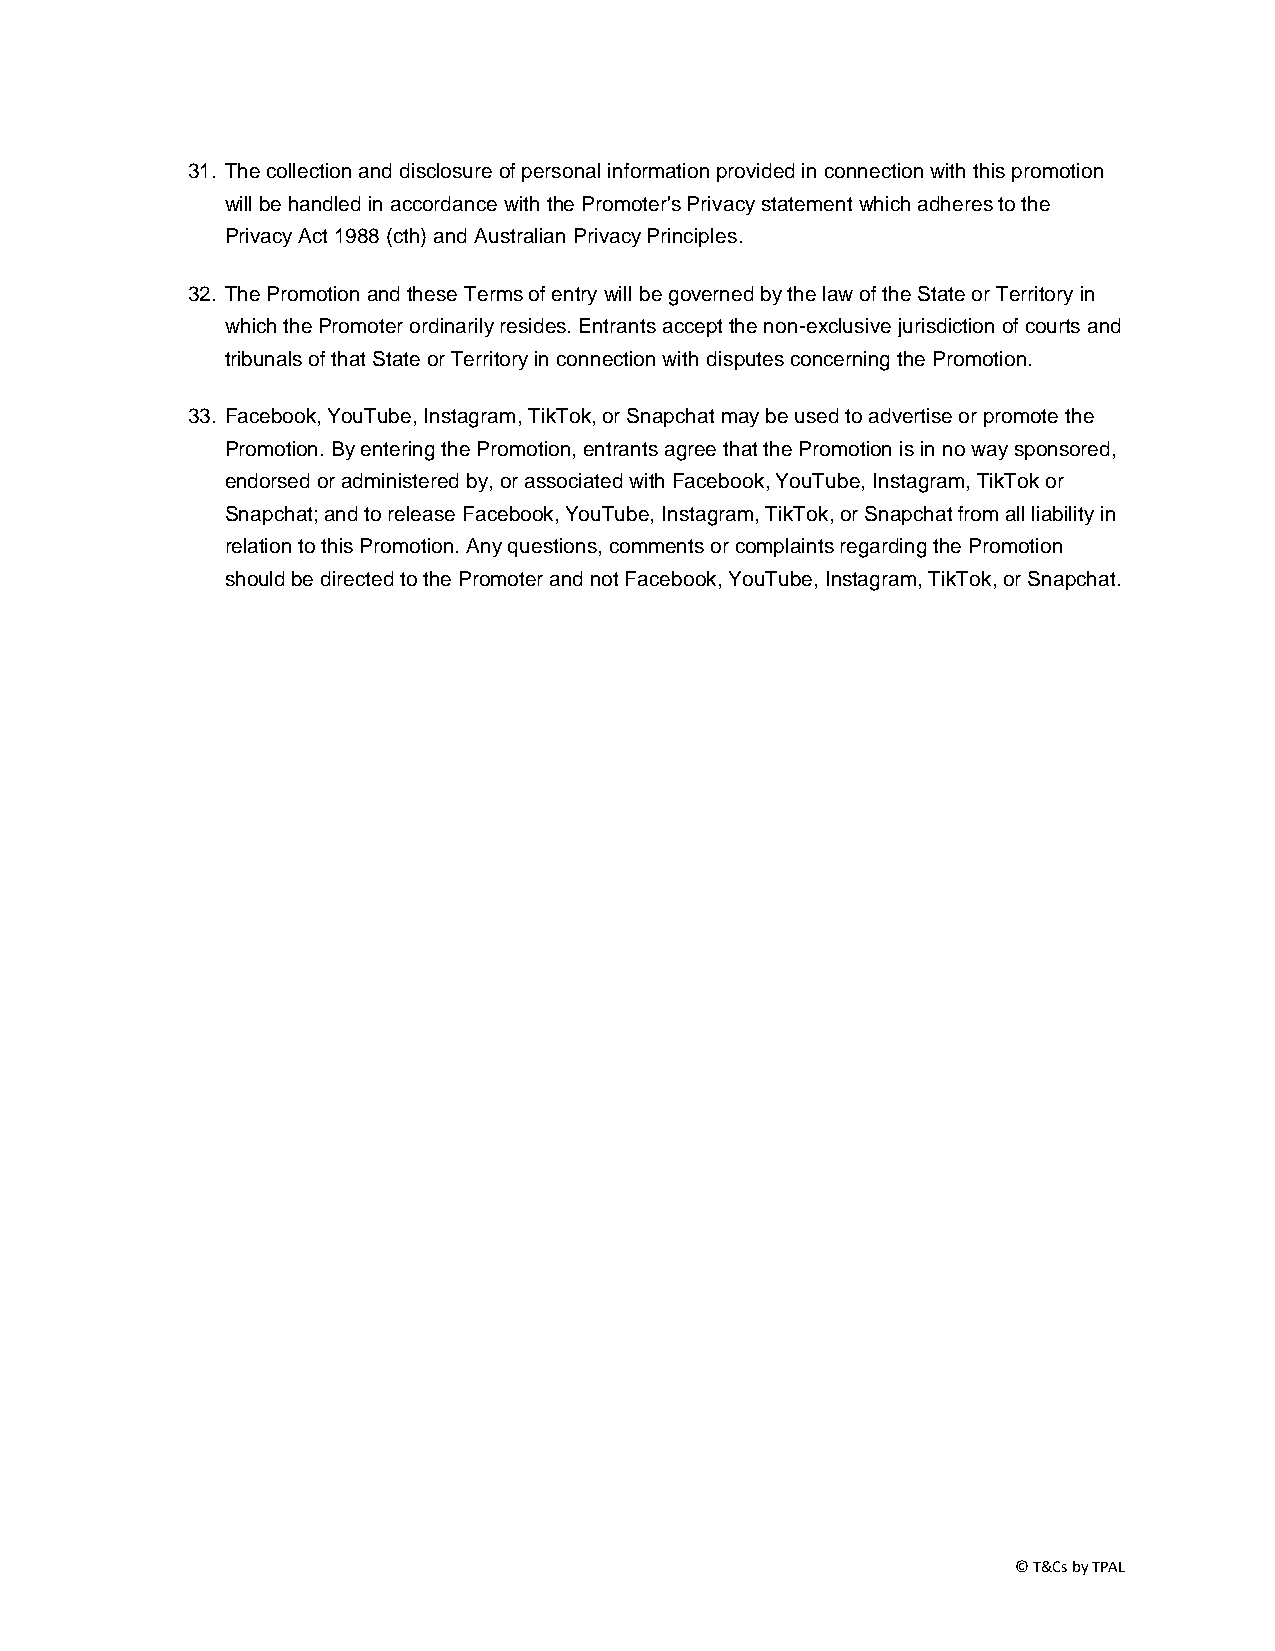
31. The collection and disclosure of personal information provided in connection with this promotion
 will be handled in accordance with the Promoter's Privacy statement which adheres to the
 Privacy Act 1988 (cth) and Australian Privacy Principles.
 32. The Promotion and these Terms of entry will be governed by the law of the State or Territory in
 which the Promoter ordinarily resides. Entrants accept the non-exclusive jurisdiction of courts and
 tribunals of that State or Territory in connection with disputes concerning the Promotion.
 33. Facebook, YouTube, Instagram, TikTok, or Snapchat may be used to advertise or promote the
 Promotion. By entering the Promotion, entrants agree that the Promotion is in no way sponsored,
 endorsed or administered by, or associated with Facebook, YouTube, Instagram, TikTok or
 Snapchat; and to release Facebook, YouTube, Instagram, TikTok, or Snapchat from all liability in
 relation to this Promotion. Any questions, comments or complaints regarding the Promotion
 should be directed to the Promoter and not Facebook, YouTube, Instagram, TikTok, or Snapchat.
 © T&Cs by TPAL